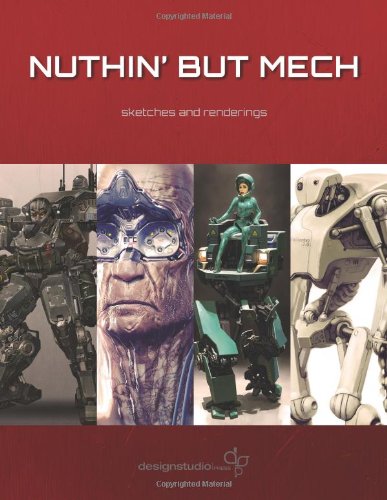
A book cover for Nuthin' But Mech; Arts & Photography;